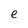
Character: e